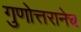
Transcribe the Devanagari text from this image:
गुणोत्तरानेच